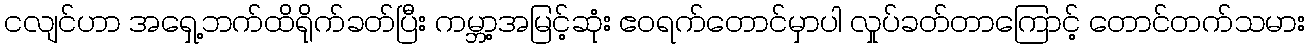
ငလျင်ဟာ အရှေ့ဘက်ထိရိုက်ခတ်ပြီး ကမ္ဘာ့အမြင့်ဆုံး ဧဝရက်တောင်မှာပါ လှုပ်ခတ်တာကြောင့် တောင်တက်သမား